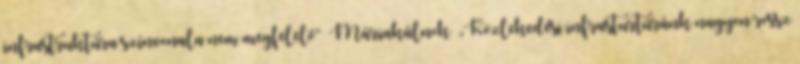
infrastruktúra színvonala nem megfelelő” ▪Máriakálnok ▪„Közlekedési infrasturtúránk nagyon rossz